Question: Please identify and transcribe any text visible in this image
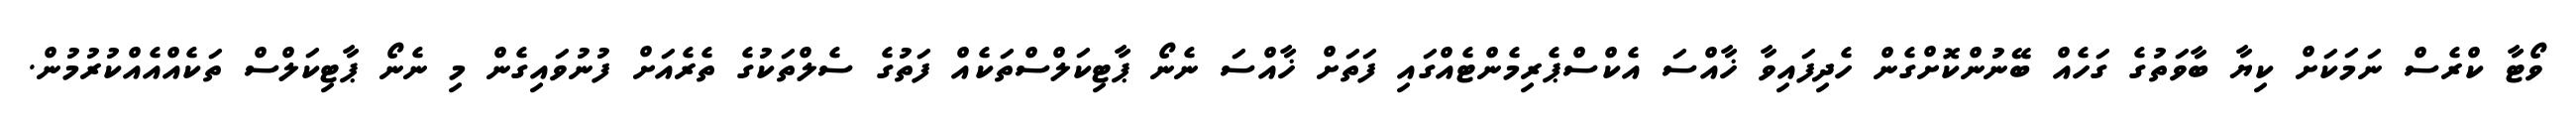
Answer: ވޯޓާ ކްރެސް ނަމަކަށް ކިޔާ ބާވަތުގެ ގަހެއް ބޭނުންކޮށްގެން ހެދިފައިވާ ޚާއްސަ އެކްސްޕެރިމެންޓެއްގައި ފަތަށް ޚާއްސަ ނެނޯ ޕާޓިކަލްސްތަކެއް ފަތުގެ ސެލްތަކުގެ ތެރެއަށް ފުނުވައިގެން މި ނެނޯ ޕާޓިކަލްސް ތަކެއްއެއްކުރުމުން.